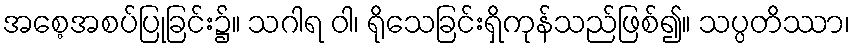
အစေ့အစပ်ပြုခြင်း၌။ သဂါရ ဝါ၊ ရိုသေခြင်းရှိကုန်သည်ဖြစ်၍။ သပ္ပတိဿာ၊